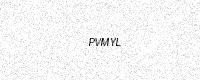
Text: PVMYL